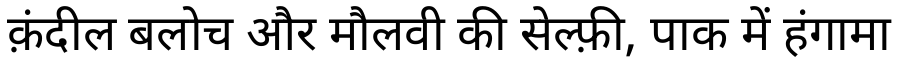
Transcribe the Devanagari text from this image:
क़ंदील बलोच और मौलवी की सेल्फ़ी, पाक में हंगामा